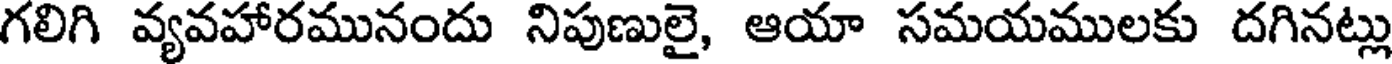
గలిగి వ్యవహారమునందు నిపుణులై, ఆయా సమయములకు దగినట్లు